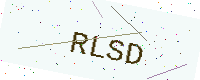
Text: RLSD